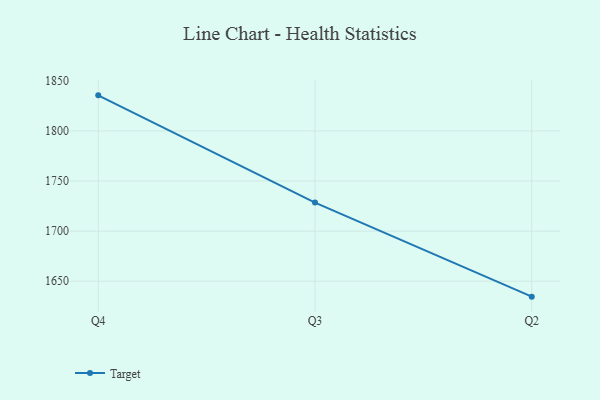
{"axis": {"x": "Quarter", "y": "Tickets Resolved"}, "legend": ["Target"], "data": [{"x": "Q4", "y": 1835.5, "type": "Target"}, {"x": "Q3", "y": 1728.5, "type": "Target"}, {"x": "Q2", "y": 1634.6, "type": "Target"}]}